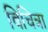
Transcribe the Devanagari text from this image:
बिचित्रा